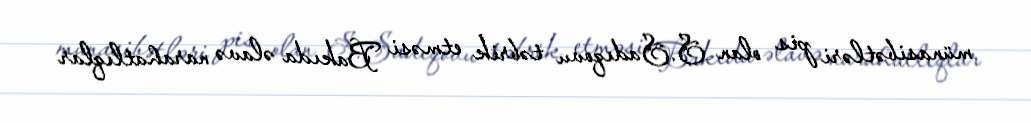
münasibətləri pis olan S.Sadıqovu təbrik etməsi Bakıda əlavə narahatlıqlar